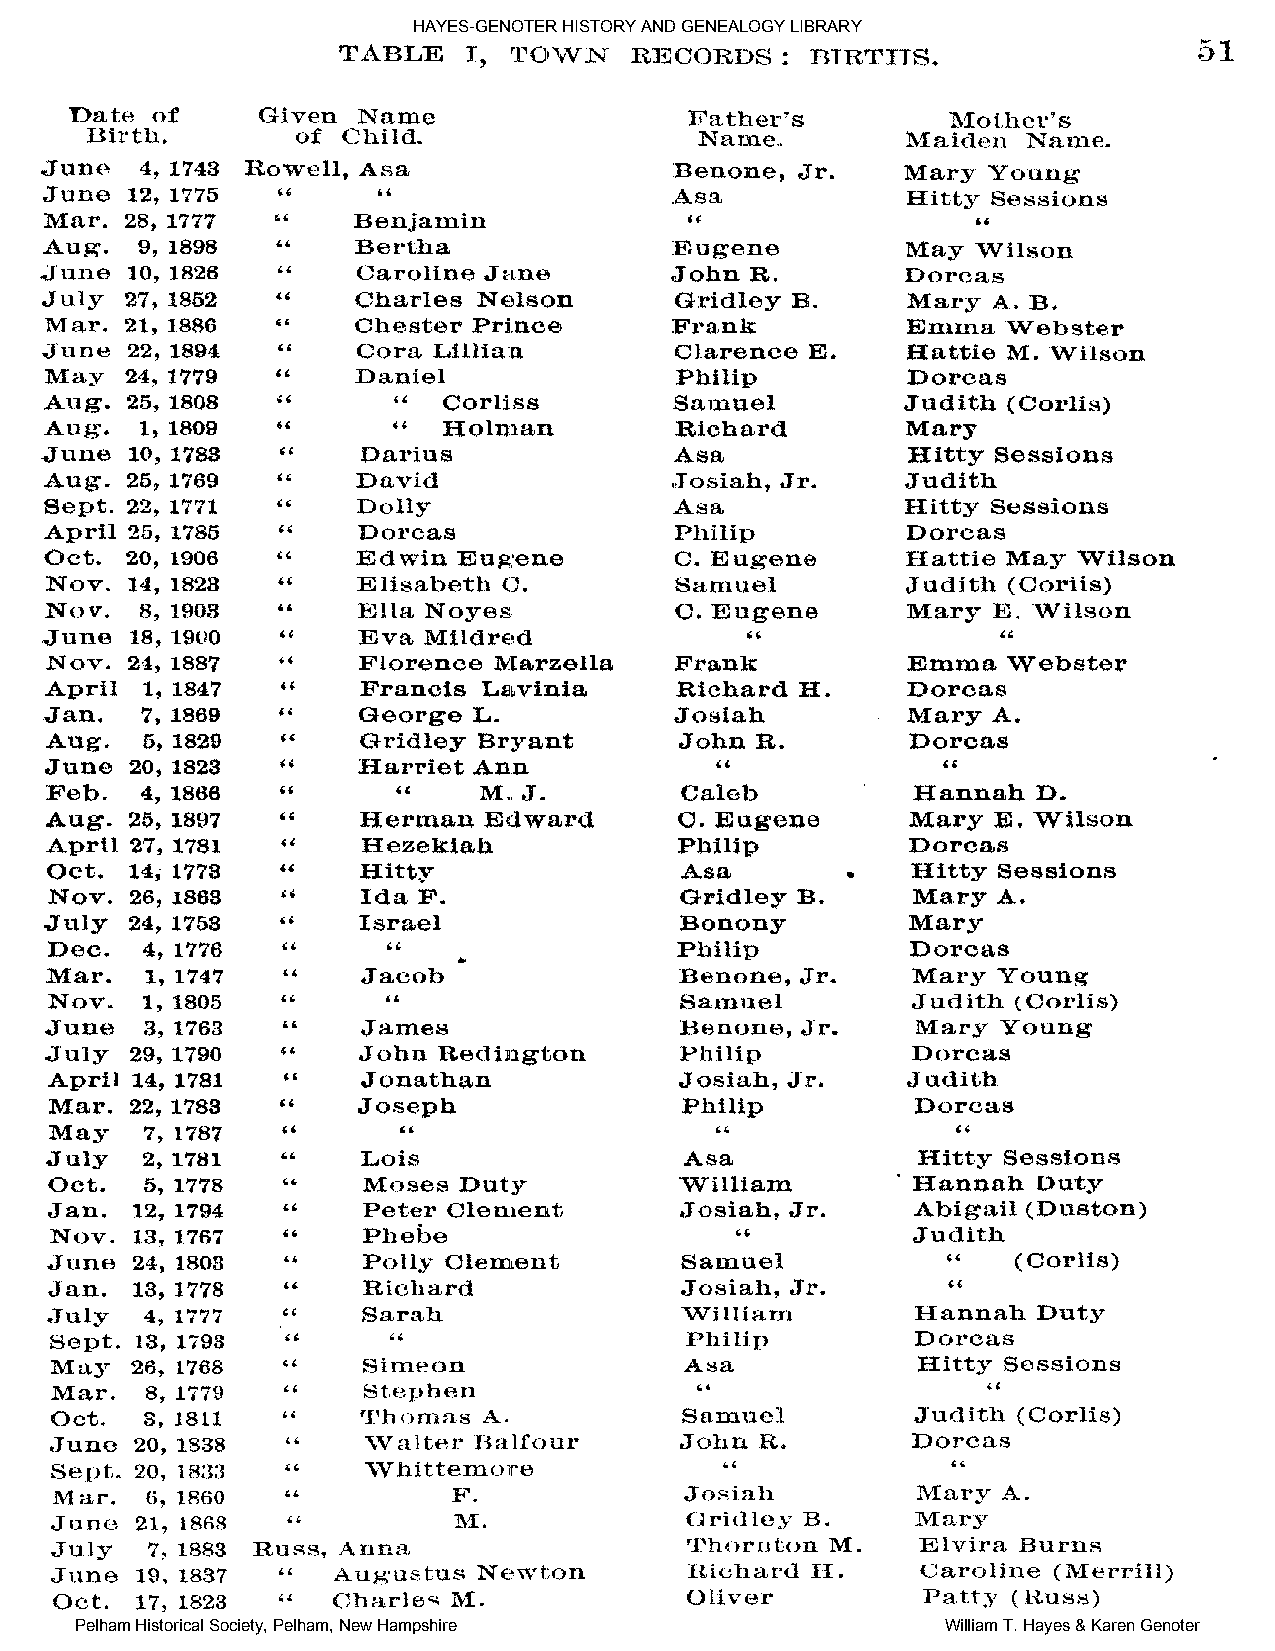
HAYES-GENOTER HISTORY AND GENEALOGY LIBRARY
 Pelham Historical Society, Pelham, New Hampshire          William T. Hayes & Karen Genoter